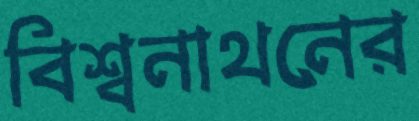
বিশ্বনাথনের